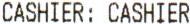
CASHIER: CASHIER